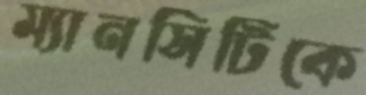
ম্যানসিটিকে